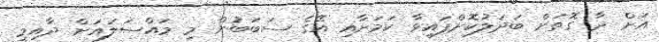
އަށް ދާ ގޮތަށް ބަދަލުކޮށްފައިވާ ކަމަށާއި އޭގެ ސަބަބުން މި މައްސަލައަށް ދާއިމީ